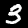
Digit: 3